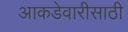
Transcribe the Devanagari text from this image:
आकडेवारीसाठी